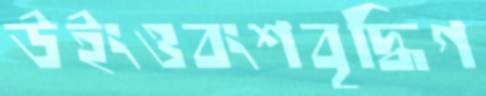
উইংওবংশবৃদ্ধিগ